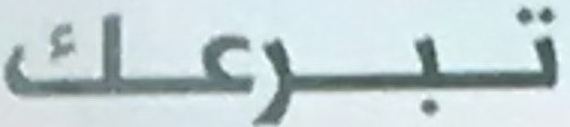
تبرعك